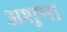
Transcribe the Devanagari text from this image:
अशुभ।